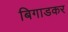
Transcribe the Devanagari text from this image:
बिगाडकर